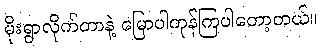
မိုးရွာလိုက်တာနဲ့ မြောပါကုန်ကြပါတော့တယ်။